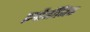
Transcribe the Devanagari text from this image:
इर्गोनॉमिक